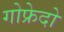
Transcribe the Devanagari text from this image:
गोफ्रेदो